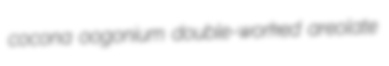
cocona oogonium double-worked areolate